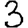
Digit: 3